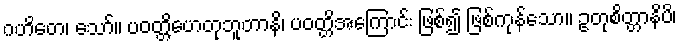
ဂဟိတေ၊ သော်။ ပဝတ္တိဟေတုဘူတာနိ၊ ပဝတ္တိအကြောင်း ဖြစ်၍ ဖြစ်ကုန်သော။ ဥတုစိတ္တာနိပိ၊